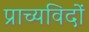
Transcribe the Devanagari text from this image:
प्राच्यविदों